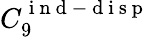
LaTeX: C_{9}^{\mathrm{~i~n~d~-~d~i~s~p~}}